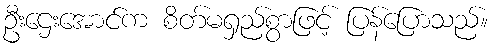
ဦးဌေးအောင်က စိတ်မရှည်စွာဖြင့် ပြန်ပြောသည်။